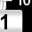
Digit: 1